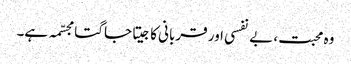
وہ محبت، بے نفسی اور قربانی کا جیتا جاگتا مجسّمہ ہے۔